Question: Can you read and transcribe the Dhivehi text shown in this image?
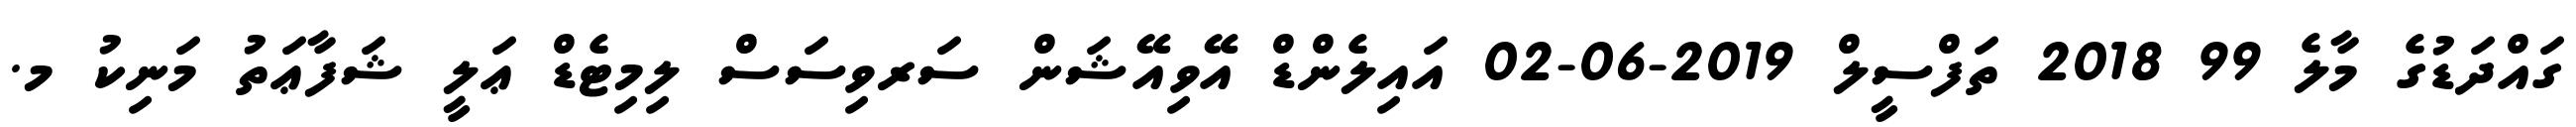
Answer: ގައްދަޑުގެ މާލެ 99 2018 ތަފްސީލް 2019-06-02 އައިލެންޑް އޭވިއޭޝަން ސަރވިސަސް ލިމިޓެޑް ޢަލީ ޝަފާޢަތު މަނިކު މ.